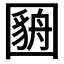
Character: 𫭓